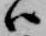
ハ